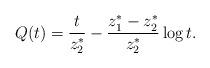
LaTeX: \begin{align*} Q(t)=\frac t{z_2^*}-\frac{z_1^*-z_2^*}{z_2^*}\log t. \end{align*}